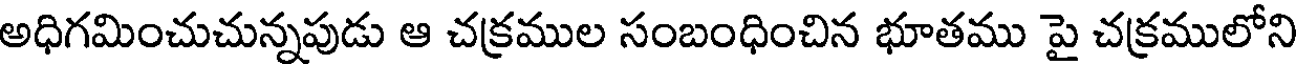
అధిగమించుచున్నపుడు ఆ చక్రముల సంబంధించిన భూతము పై చక్రములోని